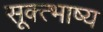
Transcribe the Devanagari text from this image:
सूक्त्भाष्य